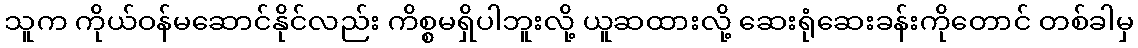
သူက ကိုယ်ဝန်မဆောင်နိုင်လည်း ကိစ္စမရှိပါဘူးလို့ ယူဆထားလို့ ဆေးရုံဆေးခန်းကိုတောင် တစ်ခါမှ